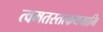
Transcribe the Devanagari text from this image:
त्वमतस्तत्कथयामि